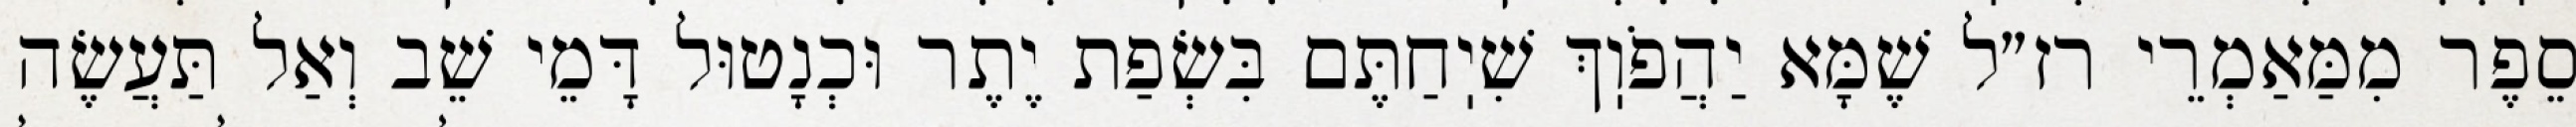
סֵפֶר מִמַּאַמְרֵי רז״ל שֶׁמָּא יַהֲפֹוֽךְ שִׁיֽחַתֶּם בִּשְׂפַת יֶתֶר וּכְנָטוּל דָּמֵי שֵׁב וְאַל תַּעֲשֶׂה